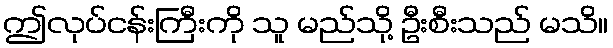
ဤလုပ်ငန်းကြီးကို သူ မည်သို့ ဦးစီးသည် မသိ။